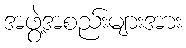
အဖွဲ့အစည်းများအား